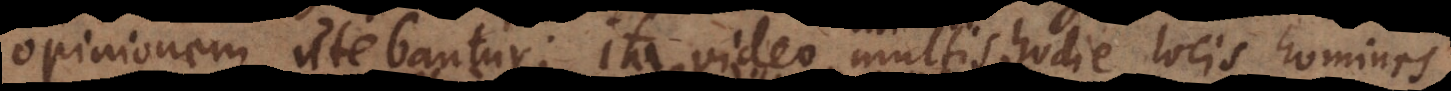
opinionem utebantur; ita video multis hodie locis homines